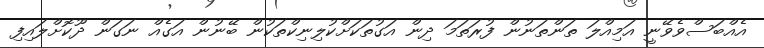
އެއްބަސްވެވޭނީ އަމިއްލަ ތަންތަނުން ފުރަތަމަ ދިން އަގުތަކަށްކުލިނިކްތަކުން ބޭނުން އަގެއް ނަގަން ދޫކޮށްލައިފި